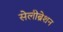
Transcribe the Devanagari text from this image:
सेलीब्रेशन